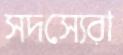
সদস্যেরা